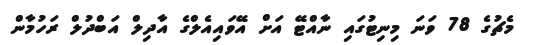
މެޗުގެ 78 ވަނަ މިނިޓުގައި ނާއްޓޭ އަށް އޭވައިއެލްގެ އާދިލް އަބްދުލް ރަހުމާން